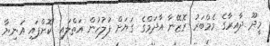
މީދޫ ދާއިރާގެ މެމްބަރު ރޮޒޭނާ އާދަމްގެ ގަޔަށް ފުލުހުން އަތްލައި "ކޮށްޕައި އަނިޔާ